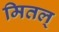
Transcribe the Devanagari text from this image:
मितल्